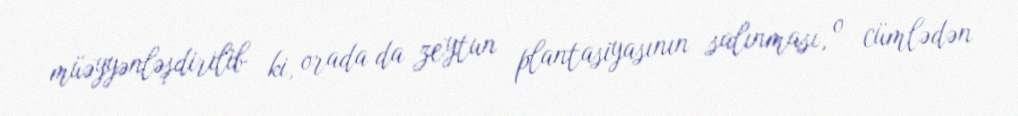
müəyyənləşdirilib ki, orada da zeytun plantasiyasının salınması, o cümlədən